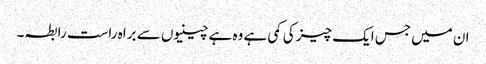
ان میں جس ایک چیز کی کمی ہے وہ ہے چینیوں سے براہ راست رابطہ۔